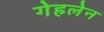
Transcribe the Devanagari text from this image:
गेहलेन